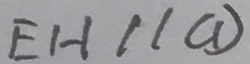
E H / / C D